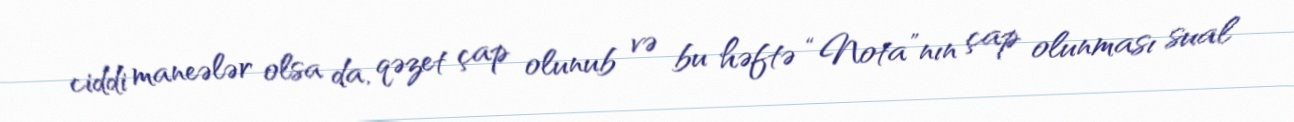
ciddi maneələr olsa da, qəzet çap olunub və bu həftə “Nota”nın çap olunması sual